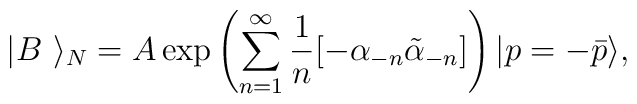
|B~\rangle_N =A\exp\left(\sum_{n=1}^\infty{1\over n}[-\alpha_{-n}  \tilde{\alpha}_{-n}]\right)|p=-\bar{p} \rangle,